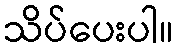
သိပ်ပေးပါ။